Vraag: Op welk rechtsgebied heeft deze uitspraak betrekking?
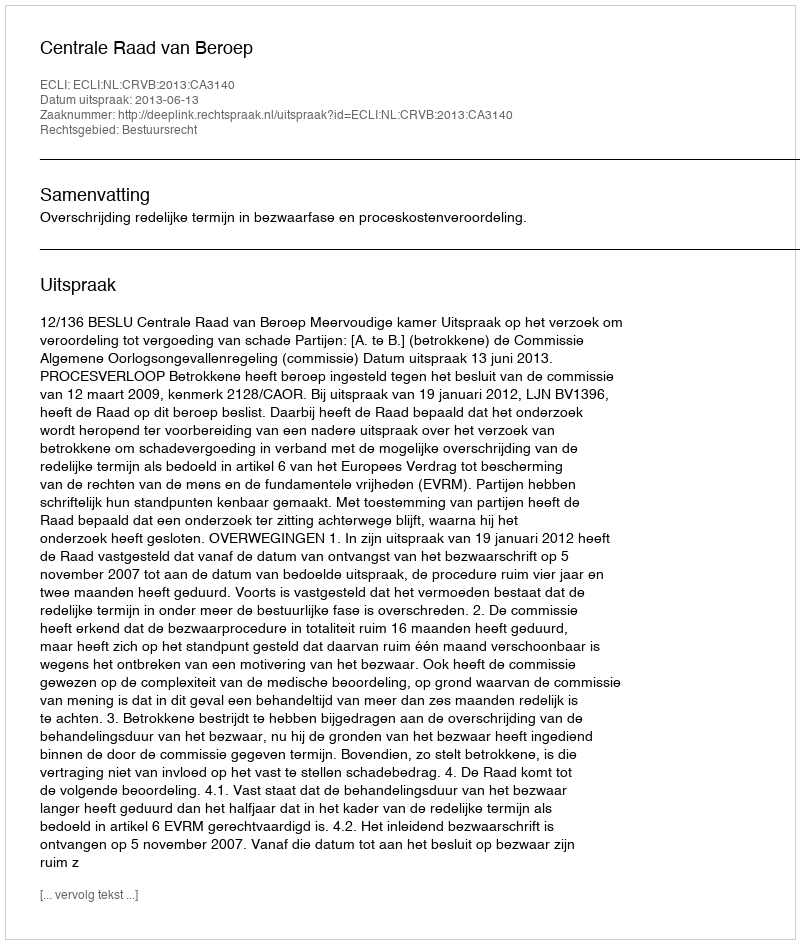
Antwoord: Bestuursrecht